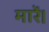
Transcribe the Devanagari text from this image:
मारें।